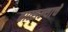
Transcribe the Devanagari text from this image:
वात्सल्याचे